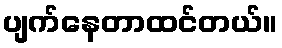
ပျက်နေတာထင်တယ်။